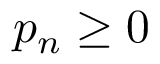
p _ { n } \geq 0